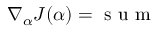
\nabla _ { \alpha } J ( \alpha ) = \mathrm { ~ s ~ u ~ m ~ }